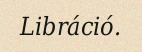
Libráció.